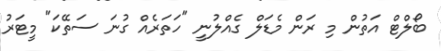
ބޯލްޓް އަތުން މި ރަން މެޑަލް ގެއްލުނީ "ހަތަރެއް ގުނަ ސަތޭކަ" މީޓަރު